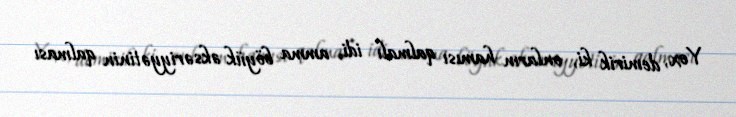
Yox, demirik ki, onların hamısı qalmalı idi, amma böyük əksəriyyətinin qalması